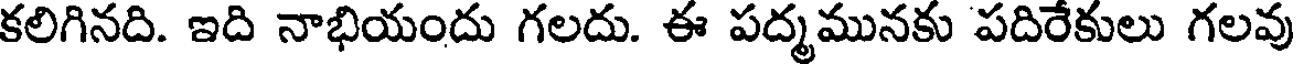
కలిగినది. ఇది నాభియందు గలదు. ఈ పద్మమునకు పదిరేకులు గలవు